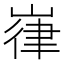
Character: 嵂